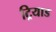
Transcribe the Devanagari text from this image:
ट्रियाड